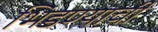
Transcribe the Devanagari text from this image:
भिडण्याची